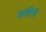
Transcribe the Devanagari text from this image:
अग्नीनें